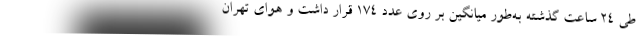
طی ۲۴ ساعت گذشته به‌طور میانگین بر روی عدد ۱۷۴‌ قرار داشت و هوای تهران